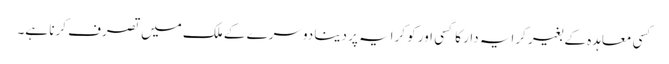
کسی معاہدہ کے بغیر کرایہ دار کا کسی اور کو کرایہ پر دینا دوسرے کے ملک میں تصرف کرنا ہے۔